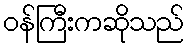
ဝန်ကြီးကဆိုသည်